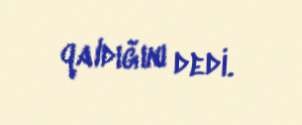
qaldığını dedi.